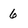
Character: 6